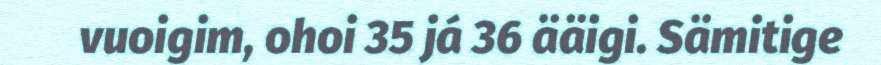
vuoigim, ohoi 35 já 36 ääigi. Sämitige